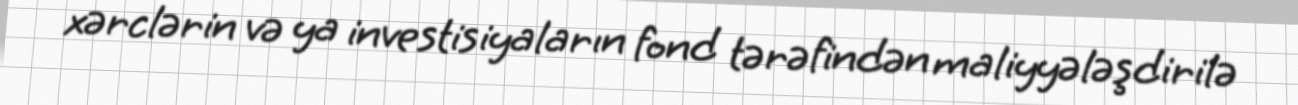
xərclərin və ya investisiyaların fond tərəfindən maliyyələşdirilə